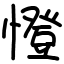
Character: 憕